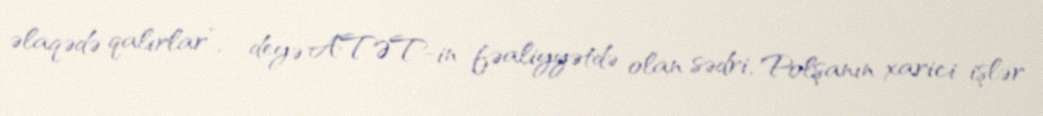
əlaqədə qalırlar”, - deyə ATƏT-in fəaliyyətdə olan sədri, Polşanın xarici işlər